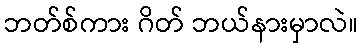
ဘတ်စ်ကား ဂိတ် ဘယ်နားမှာလဲ။